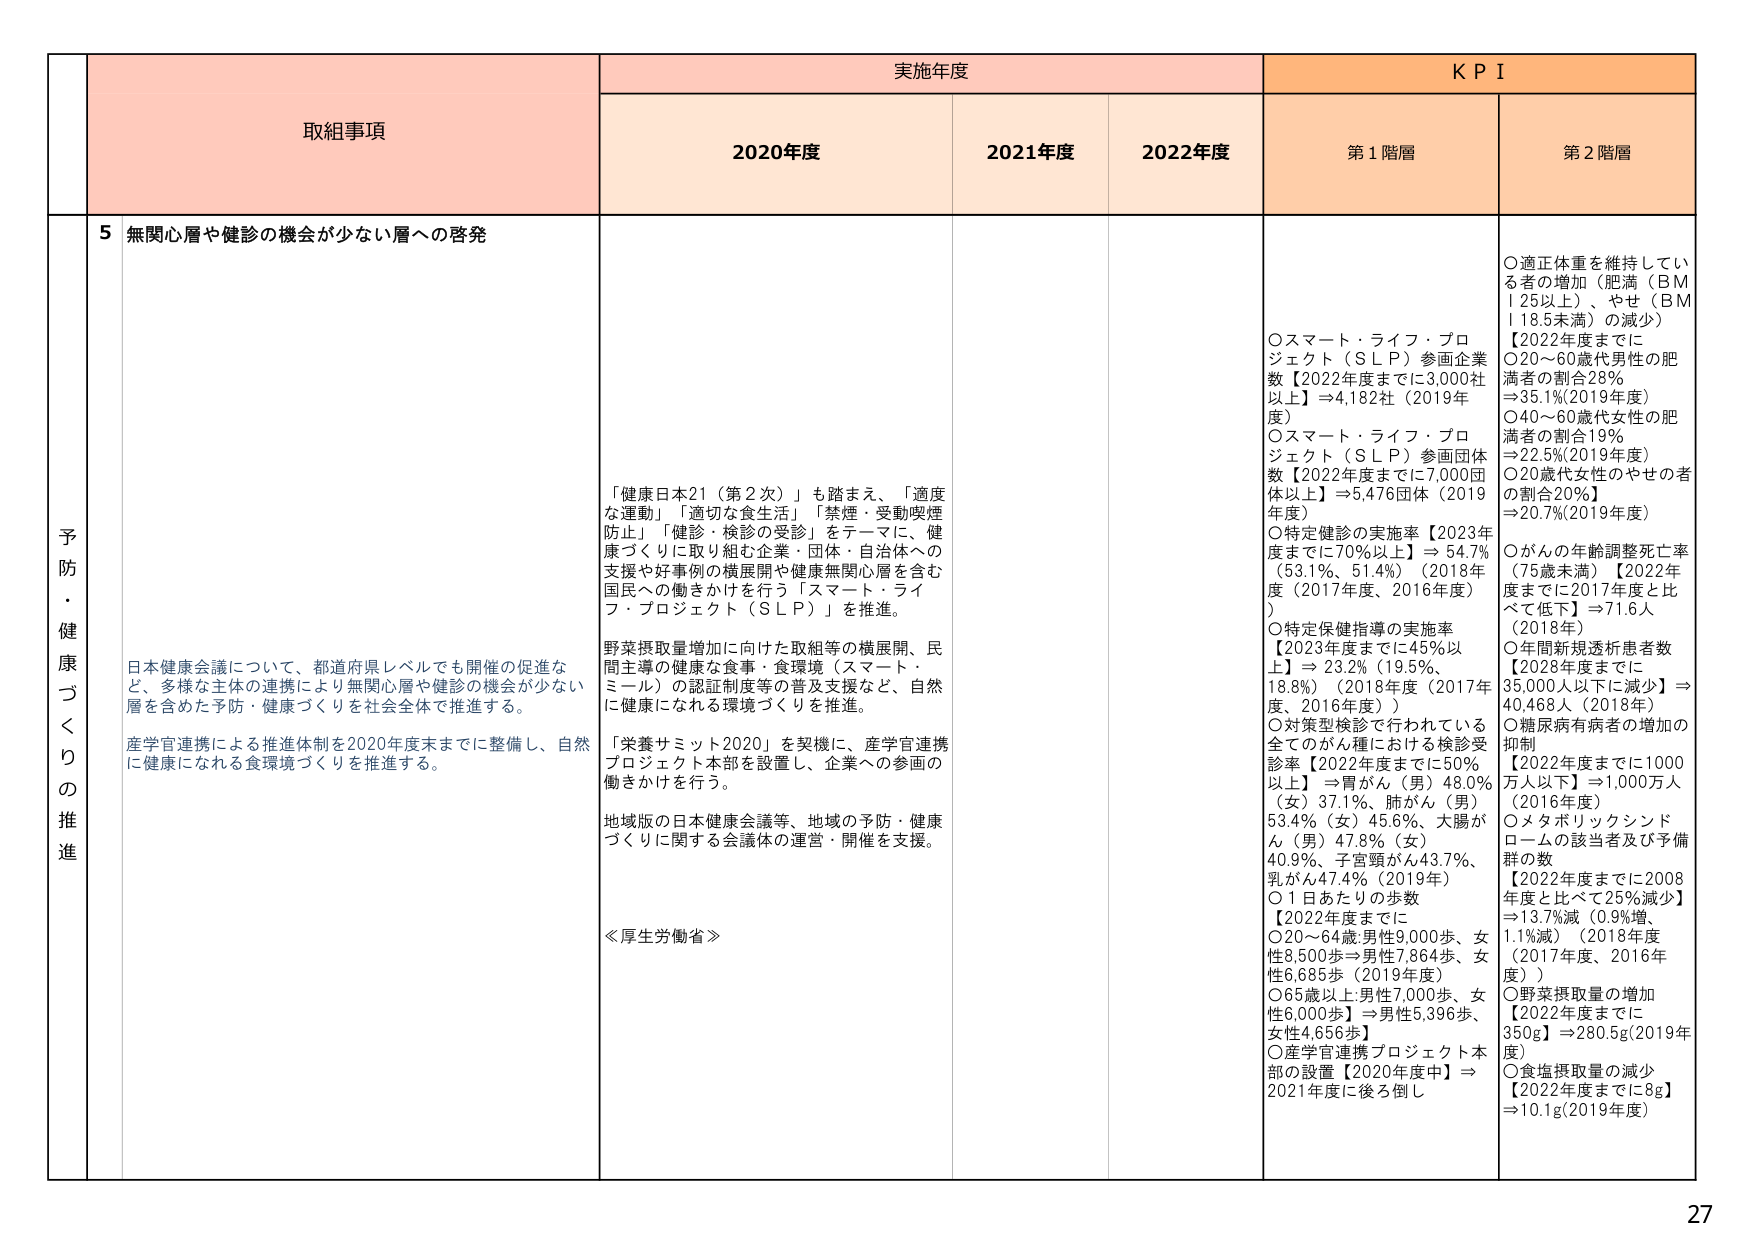
予防・健康づくりの推進

取組事項

実施年度

KPI

2020年度

2021年度

2022年度

第1階層

第2階層

5 無関心層や健診の機会が少ない層への啓発

「健康日本21（第2次）」も踏まえ、「適度な運動」「適切な食生活」「禁煙・受動喫煙防止」「健診・検診の受診」をテーマに、健康づくりに取り組む企業・団体・自治体への支援や好事例の横展開や健康無関心層を含む国民への働きかけを行う「スマート・ライフ・プロジェクト（SLP）」を推進。

野菜摂取量増加に向けた取組等の横展開、民間主導の健康な食事・食環境（スマート・ミール）の認証制度等の普及支援など、自然に健康になれる環境づくりを推進。

「栄養サミット2020」を契機に、産学官連携プロジェクト本部を設置し、企業への参画の働きかけを行う。

地域版の日本健康会議等、地域の予防・健康づくりに関する会議体の運営・開催を支援。

≪厚生労働省≫

日本健康会議について、都道府県レベルでも開催の促進など、多様な主体の連携により無関心層や健診の機会が少ない層を含めた予防・健康づくりを社会全体で推進する。

産学官連携による推進体制を2020年度末までに整備し、自然に健康になれる食環境づくりを推進する。

○スマート・ライフ・プロジェクト（SLP）参画企業数【2022年度までに3,000社以上】⇒4,182社（2019年度）

○スマート・ライフ・プロジェクト（SLP）参画団体数【2022年度までに7,000団体以上】⇒5,476団体（2019年度）

○特定健診の実施率【2023年度までに70％以上】⇒54.7％（53.1％、51.4％）（2018年度（2017年度、2016年度））

○特定保健指導の実施率【2023年度までに45％以上】⇒23.2％（19.5％、18.8％）（2018年度（2017年度、2016年度））

○対策型検診で行われている全てのがん種における検診受診率【2022年度までに50％以上】⇒胃がん（男）48.0％（女）37.1％、肺がん（男）53.4％（女）45.6％、大腸がん（男）47.8％（女）40.9％、子宮頸がん43.7％、乳がん47.4％（2019年）

○1日あたりの歩数【2022年度までに○20～64歳 男性9,000歩、女性8,500歩⇒男性7,864歩、女性6,685歩（2019年度）○65歳以上 男性7,000歩、女性6,000歩】⇒男性5,396歩、女性4,656歩】

○産学官連携プロジェクト本部の設置【2020年度中】⇒2021年度に後ろ倒し

○適正体重を維持している者の増加（肥満（BMI 25以上）、やせ（BMI 18.5未満）の減少）

【2022年度までに○20～60歳代男性の肥満者の割合28％⇒35.1％(2019年度)○40～60歳代女性の肥満者の割合19％⇒22.5％(2019年度)○20歳代女性のやせの者の割合20％】⇒20.7％(2019年度)

○がんの年齢調整死亡率（75歳未満）【2022年度までに2017年度と比べて低下】⇒71.6人（2018年）

○年間新規透析患者数【2028年度までに35,000人以下に減少】⇒40,468人（2018年）

○糖尿病有病者の増加の抑制【2022年度までに1000万人以下】⇒1,000万人（2016年度）

○メタボリックシンドロームの該当者及び予備群の数【2022年度までに2008年度と比べて25％減少】⇒13.7％減（0.9％増、1.1％減）（2018年度（2017年度、2016年度））

○野菜摂取量の増加【2022年度までに350g】⇒280.5g(2019年度)

○食塩摂取量の減少【2022年度までに8g】⇒10.1g(2019年度)

27